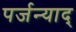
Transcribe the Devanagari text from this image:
पर्जन्याद्‌